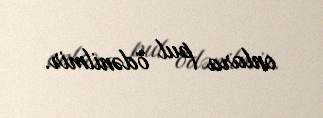
onlara pul ödənilmir.